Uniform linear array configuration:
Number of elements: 8
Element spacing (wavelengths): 0.75
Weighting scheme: hamming
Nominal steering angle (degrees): -30
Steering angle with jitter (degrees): -29.856
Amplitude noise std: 0.05
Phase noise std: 0.05

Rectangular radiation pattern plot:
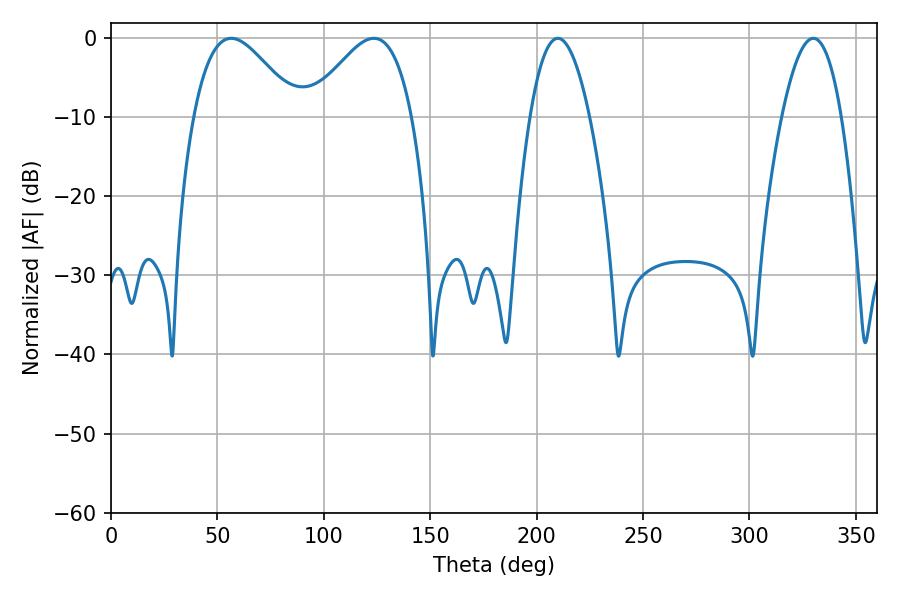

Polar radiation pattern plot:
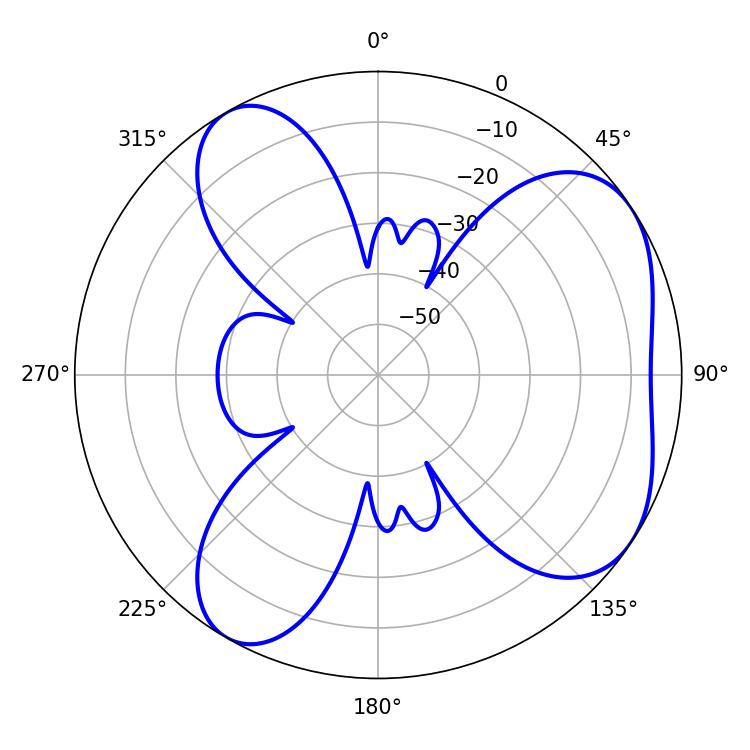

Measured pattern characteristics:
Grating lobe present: TRUE
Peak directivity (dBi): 5.393
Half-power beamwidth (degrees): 26.1
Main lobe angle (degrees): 56.52